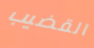
القضيب